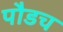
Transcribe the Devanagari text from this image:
पौडच